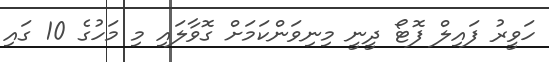
ހަވީރު ފައިލް ފޮޓޯ ދީނީ މިނިވަންކަމަށް ގޮވާލައި މި މަހުގެ 10 ގައި